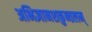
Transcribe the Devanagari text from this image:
अभिज्ञानशकुन्तलम्